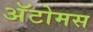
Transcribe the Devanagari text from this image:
अॅटोमस